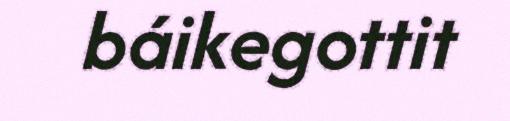
báikegottit